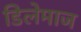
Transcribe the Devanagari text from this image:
डिलेमाज